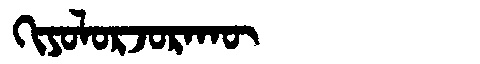
Manchu: ᡴᡳᠶᠣᠯᠣᡵᠵᠣᡵᠠᡴᡡ
Romanization: KIYOLORJORAKŪ